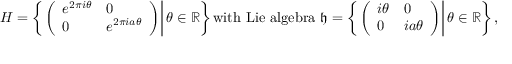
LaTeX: H = \left\{ \left. \left( { \begin{array} { l l } { e ^ { 2 \pi i \theta } } & { 0 } \\ { 0 } & { e ^ { 2 \pi i a \theta } } \end{array} } \right) \right| \theta \in \mathbb { R } \right\} { \mathrm { w i t h ~ L i e ~ a l g e b r a ~ } } { \mathfrak { h } } = \left\{ \left. \left( { \begin{array} { l l } { i \theta } & { 0 } \\ { 0 } & { i a \theta } \end{array} } \right) \right| \theta \in \mathbb { R } \right\} ,